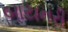
બાયનરી